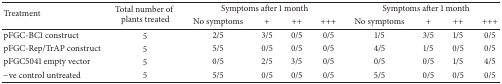
| <ROWSPAN=2> Treatment | <ROWSPAN=2> Total number of plants treated | <COLSPAN=4> Symptoms after 1 month | <COLSPAN=4> Symptoms after 1 month |
 | No symptoms | + | ++ | +++ | No symptoms | + | ++ | +++ |
 | --- | --- | --- | --- | --- | --- | --- | --- | --- | --- |
 | pFGC-BC1 construct | 5 | 2/5 | 3/5 | 0/5 | 0/5 | 1/5 | 3/5 | 1/5 | 0/5 |
 | pFGC-Rep/TrAP construct | 5 | 5/5 | 0/5 | 0/5 | 0/5 | 4/5 | 1/5 | 0/5 | 0/5 |
 | pFGC5041 empty vector | 5 | 0/5 | 2/5 | 3/5 | 0/5 | 0/5 | 0/5 | 1/5 | 4/5 |
 | −ve control untreated | 5 | 5/5 | 0/5 | 0/5 | 0/5 | 5/5 | 0/5 | 0/5 | 0/5 |